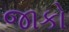
જાકો